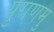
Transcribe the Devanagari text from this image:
पुराणमु